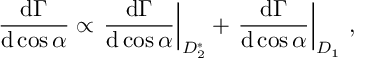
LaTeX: { \frac { \mathrm { d } \Gamma } { \mathrm { d } \cos \alpha } } \propto \left. { \frac { \mathrm { d } \Gamma } { \mathrm { d } \cos \alpha } } \right| _ { D _ { 2 } ^ { * } } + \left. { \frac { \mathrm { d } \Gamma } { \mathrm { d } \cos \alpha } } \right| _ { D _ { 1 } } \, ,